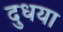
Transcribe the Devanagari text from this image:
दुधया